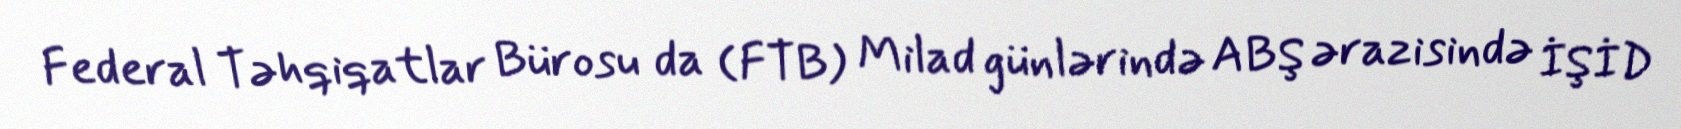
Federal Təhqiqatlar Bürosu da (FTB) Milad günlərində ABŞ ərazisində İŞİD